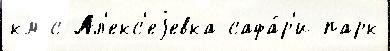
км с Ал'екс'еjевка сафа́р'и-парк